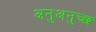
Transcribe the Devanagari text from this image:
अनुअनुच्छ